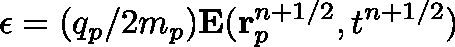
\mathbf { \epsilon } = ( q _ { p } / 2 m _ { p } ) \mathbf { E } ( \mathbf { r } _ { p } ^ { n + 1 / 2 } , t ^ { n + 1 / 2 } )